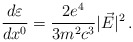
\begin{align*}\frac{d \varepsilon}{d x^0}=\frac{2e^4}{3m^2c^3}|\vec{E}|^2\,{.}\end{align*}